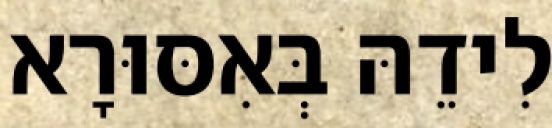
לִידֵהּ בְּאִסּוּרָא